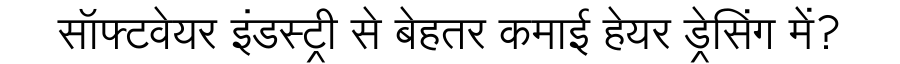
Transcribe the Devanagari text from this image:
सॉफ्टवेयर इंडस्ट्री से बेहतर कमाई हेयर ड्रेसिंग में?